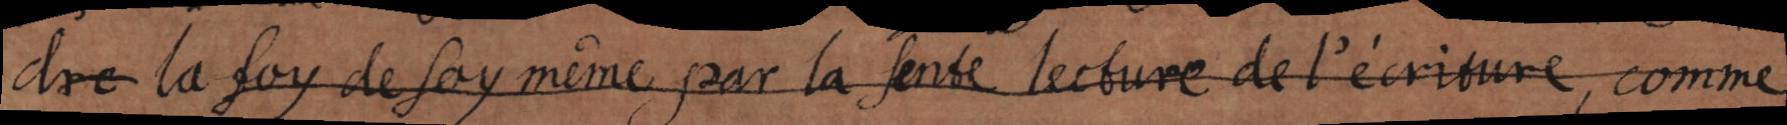
la foy de soy même par la seule lecture de l’écriture, comme